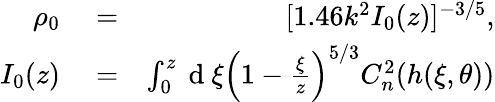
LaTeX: \begin{array}{rlr}{\rho_{0}}&{{}=}&{[1.46k^{2}I_{0}(z)]^{-3/5},}\\ {I_{0}(z)}&{{}=}&{\int_{0}^{z}\mathrm{~d~}\xi\left(1-\frac{\xi}{z}\right)^{5/3}C_{n}^{2}(h(\xi,\theta))}\end{array}